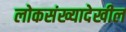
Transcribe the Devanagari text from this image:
लोकसंख्यादेखील